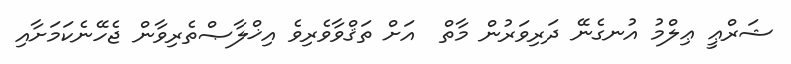
ޝަރްޢީ ޢިލްމު އުނގެނޭ ދަރިވަރުން މާތް  އަށް ތަޤްވާވެރިވެ އިޚްލާޞްތެރިވާން ޖެހޭނެކަމަށާއި